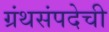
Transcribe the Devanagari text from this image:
ग्रंथसंपदेची